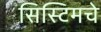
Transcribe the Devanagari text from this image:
सिस्टिमचे